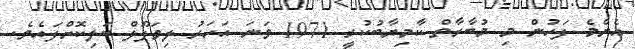
އެންމެ ފަހުން މި މުބާރާތް ކާމިޔާބުކުރީ 1971 ވަނަ އަހަރު ލިވަޕޫލް ބަލިކޮށްފައެވެ.